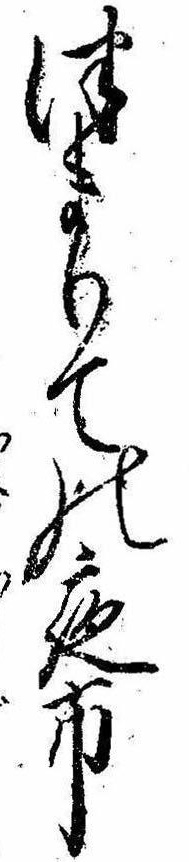
つまりての夜市